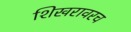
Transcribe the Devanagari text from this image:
शिखरावरच